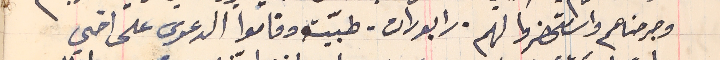
وجرحناهم واسَتحضروا لهم. رابورات – طبّية وقاموا الدعوى على اخي